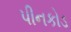
પીનકોડ